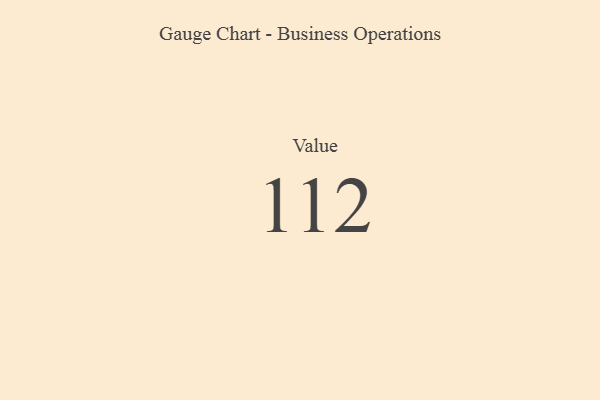
{"axis": {"x": "Metric", "y": "Value"}, "legend": [""], "data": [{"x": "Value", "y": 112, "type": ""}]}